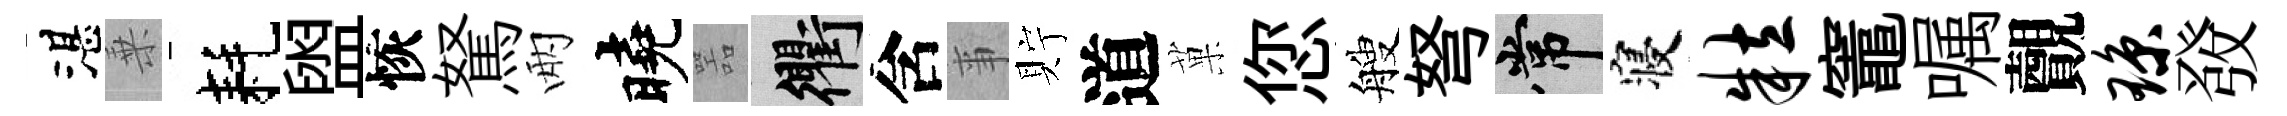
湛乗耗盥恢駑兩曉噐衢含亊貯道菓您艘弩常寝粒竈嘱覿琼𤼲